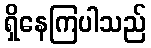
ရှိနေကြပါသည်